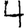
Digit: 4